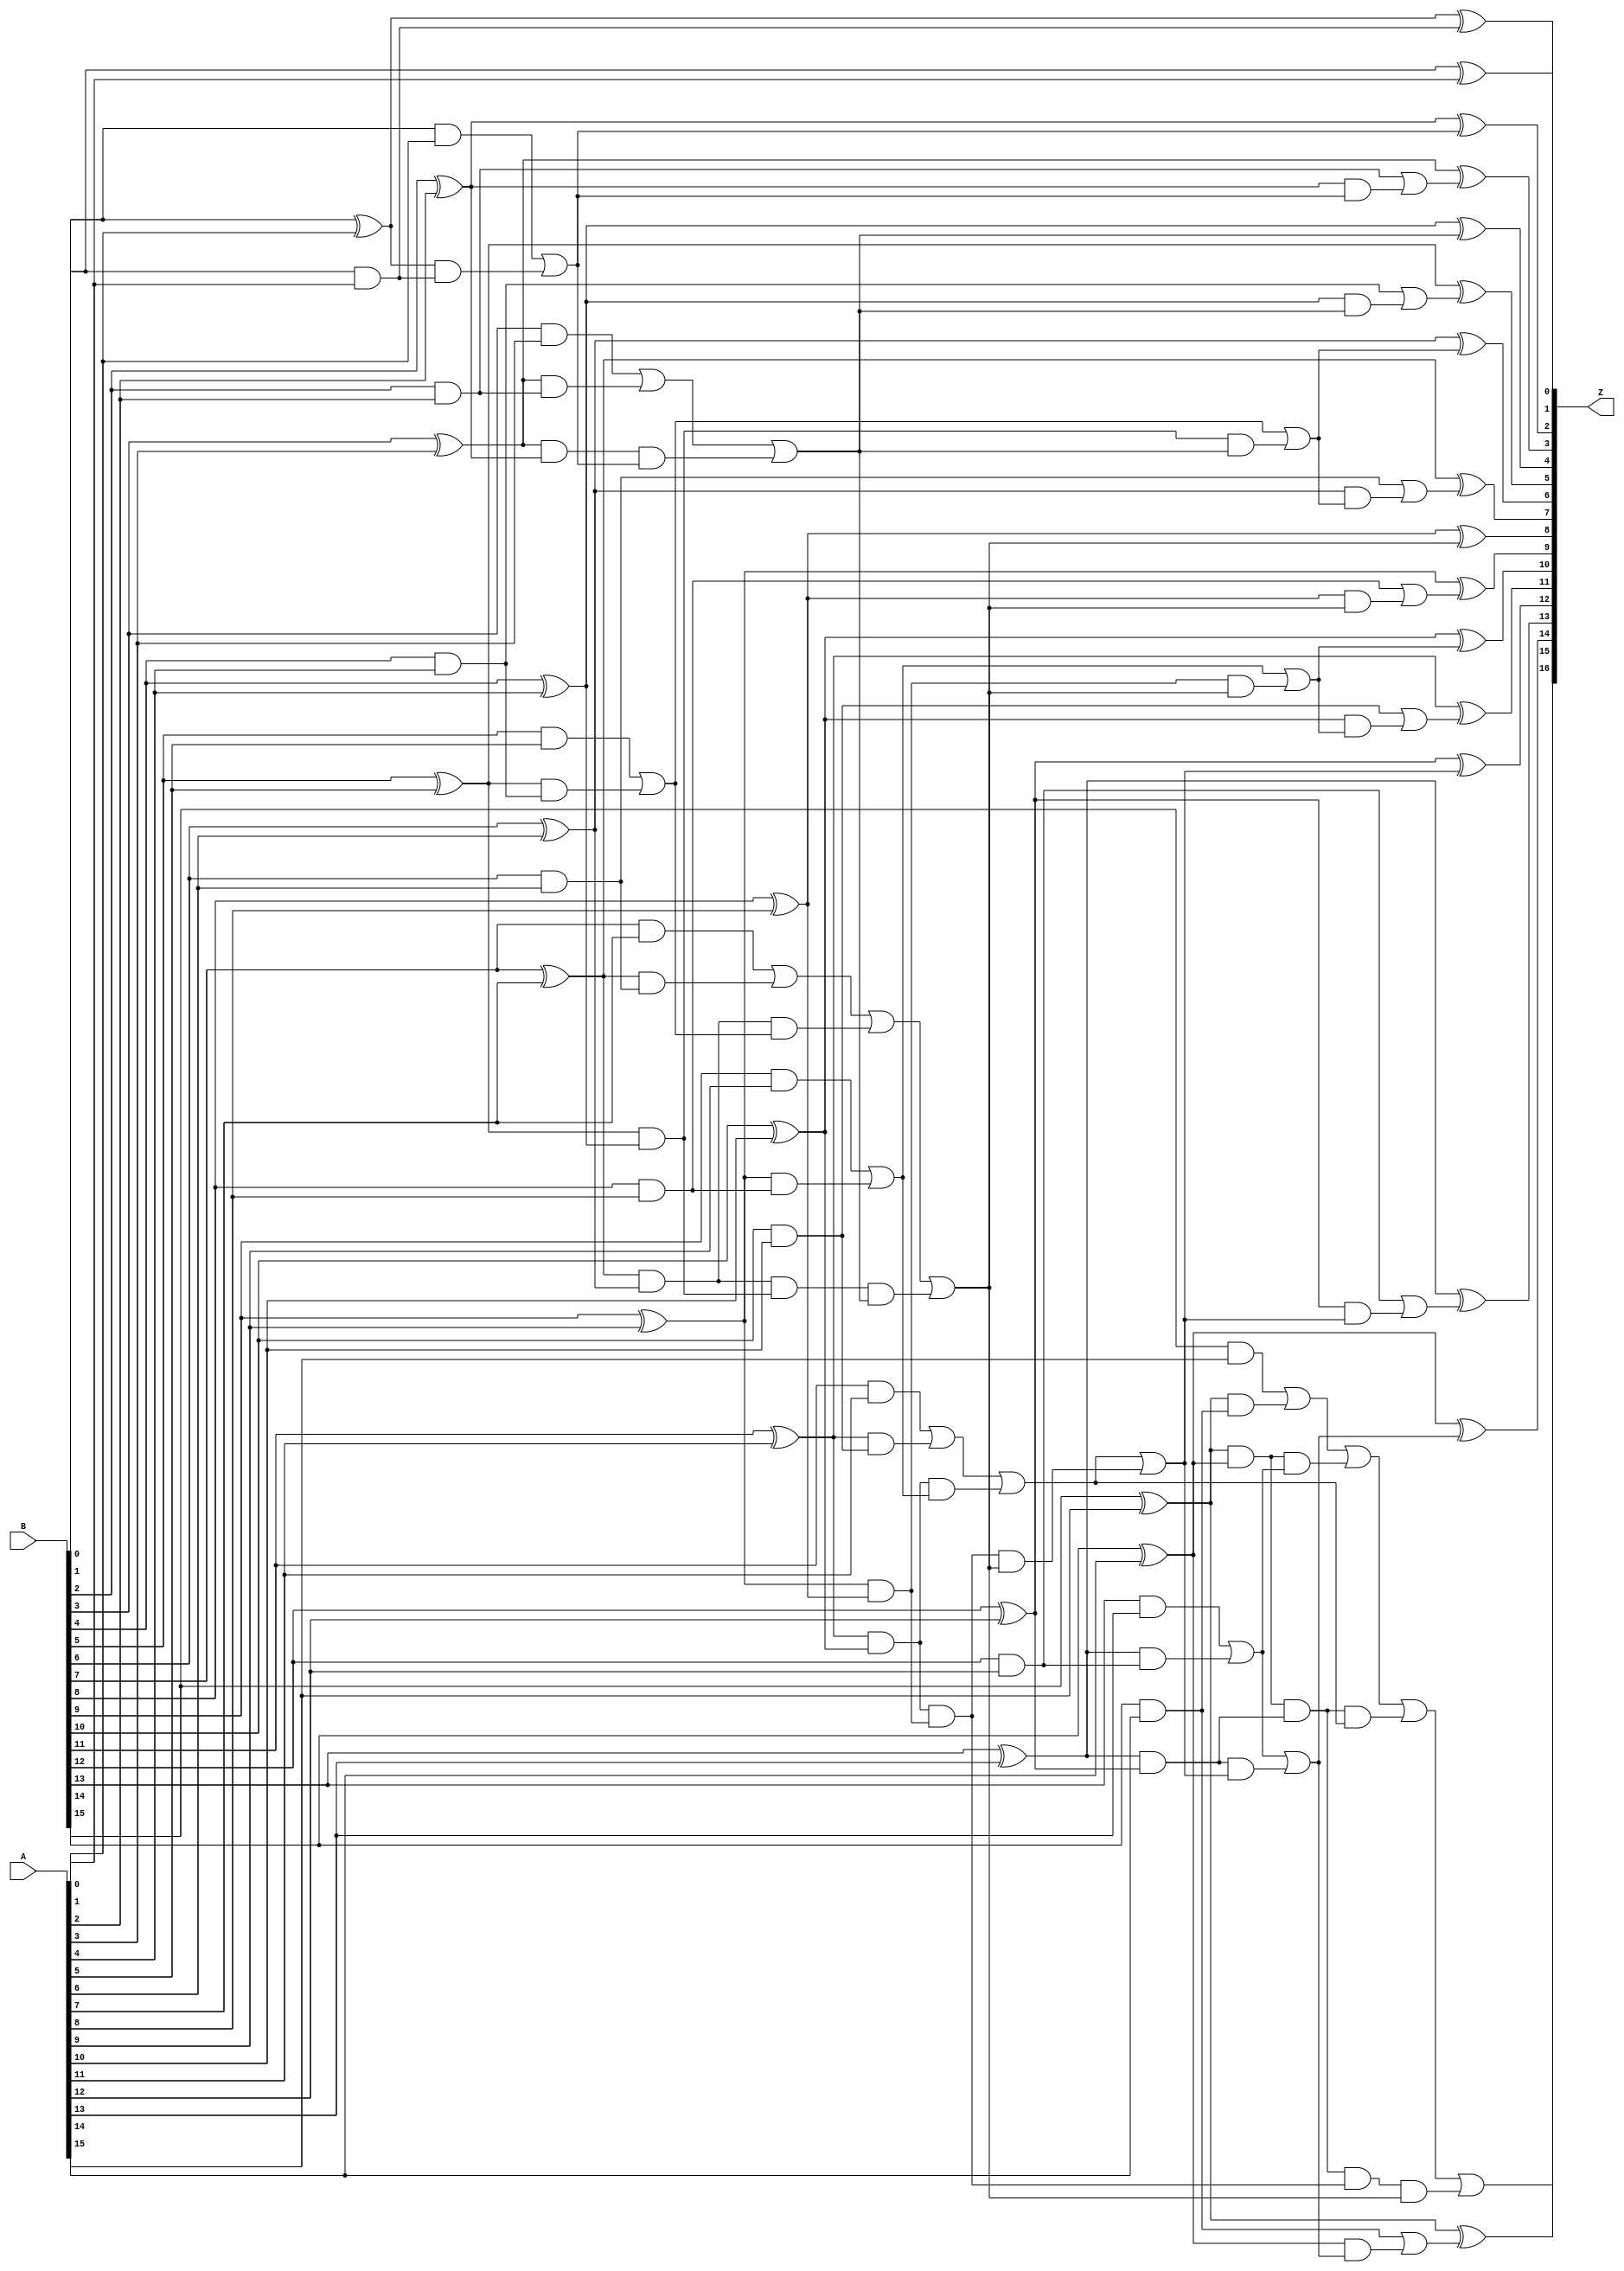
/* Generated by Yosys 0.5+ (git sha1 f13e387, gcc 5.3.1-8ubuntu2 -O2 -fstack-protector-strong -fPIC -Os) */
module add16(A, B, Z);
  wire [16:0] _000_;
  wire [16:0] _001_;
  wire [16:0] _002_;
  wire _003_;
  wire _004_;
  wire _005_;
  wire _006_;
  wire _007_;
  wire _008_;
  wire _009_;
  wire _010_;
  wire _011_;
  wire _012_;
  wire _013_;
  wire _014_;
  wire _015_;
  wire _016_;
  wire _017_;
  wire _018_;
  wire _019_;
  wire _020_;
  wire _021_;
  wire _022_;
  wire _023_;
  wire _024_;
  wire _025_;
  wire _026_;
  wire _027_;
  wire _028_;
  wire _029_;
  wire _030_;
  wire _031_;
  wire _032_;
  wire _033_;
  wire _034_;
  wire _035_;
  wire _036_;
  wire _037_;
  wire _038_;
  wire _039_;
  wire _040_;
  wire _041_;
  wire _042_;
  wire _043_;
  wire _044_;
  wire _045_;
  wire _046_;
  wire _047_;
  wire _048_;
  wire _049_;
  wire _050_;
  input [15:0] A;
  input [15:0] B;
  output [16:0] Z;
  assign _002_[11] = B[11] &  A[11];
  assign _002_[12] = B[12] &  A[12];
  assign _002_[13] = B[13] &  A[13];
  assign _002_[14] = B[14] &  A[14];
  assign _002_[15] = B[15] &  A[15];
  assign _003_ = _000_[1] &  _001_[0];
  assign _004_ = _000_[3] &  _002_[2];
  assign _005_ = _000_[5] &  _002_[4];
  assign _006_ = _000_[7] &  _002_[6];
  assign _007_ = _000_[9] &  _002_[8];
  assign _008_ = _000_[11] &  _002_[10];
  assign _009_ = _000_[13] &  _002_[12];
  assign _010_ = _000_[15] &  _002_[14];
  assign _011_ = _018_ &  _001_[1];
  assign _012_ = _020_ &  _041_;
  assign _013_ = _022_ &  _043_;
  assign _014_ = _024_ &  _045_;
  assign _015_ = _025_ &  _001_[3];
  assign _016_ = _027_ &  _048_;
  assign _017_ = _028_ &  _001_[7];
  assign _018_ = _000_[3] &  _000_[2];
  assign _019_ = _000_[5] &  _000_[4];
  assign _020_ = _000_[7] &  _000_[6];
  assign _021_ = _000_[9] &  _000_[8];
  assign _022_ = _000_[11] &  _000_[10];
  assign _023_ = _000_[13] &  _000_[12];
  assign _024_ = _000_[15] &  _000_[14];
  assign _025_ = _020_ &  _019_;
  assign _026_ = _022_ &  _021_;
  assign _027_ = _024_ &  _023_;
  assign _028_ = _027_ &  _026_;
  assign _029_ = _026_ &  _001_[7];
  assign _030_ = _019_ &  _001_[3];
  assign _031_ = _021_ &  _001_[7];
  assign _032_ = _023_ &  _001_[11];
  assign _033_ = _000_[2] &  _001_[1];
  assign _034_ = _000_[4] &  _001_[3];
  assign _035_ = _000_[6] &  _001_[5];
  assign _036_ = _000_[8] &  _001_[7];
  assign _037_ = _000_[10] &  _001_[9];
  assign _038_ = _000_[12] &  _001_[11];
  assign _039_ = _000_[14] &  _001_[13];
  assign _001_[1] = _002_[1] |  _003_;
  assign _040_ = _002_[3] |  _004_;
  assign _041_ = _002_[5] |  _005_;
  assign _042_ = _002_[7] |  _006_;
  assign _043_ = _002_[9] |  _007_;
  assign _044_ = _002_[11] |  _008_;
  assign _045_ = _002_[13] |  _009_;
  assign _046_ = _002_[15] |  _010_;
  assign _001_[3] = _040_ |  _011_;
  assign _047_ = _042_ |  _012_;
  assign _048_ = _044_ |  _013_;
  assign _049_ = _046_ |  _014_;
  assign _001_[7] = _047_ |  _015_;
  assign _050_ = _049_ |  _016_;
  assign Z[16] = _050_ |  _017_;
  assign _001_[11] = _048_ |  _029_;
  assign _001_[5] = _041_ |  _030_;
  assign _001_[9] = _043_ |  _031_;
  assign _001_[13] = _045_ |  _032_;
  assign _001_[2] = _002_[2] |  _033_;
  assign _001_[4] = _002_[4] |  _034_;
  assign _001_[6] = _002_[6] |  _035_;
  assign _001_[8] = _002_[8] |  _036_;
  assign _001_[10] = _002_[10] |  _037_;
  assign _001_[12] = _002_[12] |  _038_;
  assign _001_[14] = _002_[14] |  _039_;
  assign Z[0] = B[0] ^  A[0];
  assign _000_[1] = B[1] ^  A[1];
  assign _000_[2] = B[2] ^  A[2];
  assign _000_[3] = B[3] ^  A[3];
  assign _000_[4] = B[4] ^  A[4];
  assign _000_[5] = B[5] ^  A[5];
  assign _000_[6] = B[6] ^  A[6];
  assign _000_[7] = B[7] ^  A[7];
  assign _000_[8] = B[8] ^  A[8];
  assign _000_[9] = B[9] ^  A[9];
  assign _000_[10] = B[10] ^  A[10];
  assign _000_[11] = B[11] ^  A[11];
  assign _000_[12] = B[12] ^  A[12];
  assign _000_[13] = B[13] ^  A[13];
  assign _000_[14] = B[14] ^  A[14];
  assign _000_[15] = B[15] ^  A[15];
  assign Z[1] = _000_[1] ^  _001_[0];
  assign Z[2] = _000_[2] ^  _001_[1];
  assign Z[3] = _000_[3] ^  _001_[2];
  assign Z[4] = _000_[4] ^  _001_[3];
  assign Z[5] = _000_[5] ^  _001_[4];
  assign Z[6] = _000_[6] ^  _001_[5];
  assign Z[7] = _000_[7] ^  _001_[6];
  assign Z[8] = _000_[8] ^  _001_[7];
  assign Z[9] = _000_[9] ^  _001_[8];
  assign Z[10] = _000_[10] ^  _001_[9];
  assign Z[11] = _000_[11] ^  _001_[10];
  assign Z[12] = _000_[12] ^  _001_[11];
  assign Z[13] = _000_[13] ^  _001_[12];
  assign Z[14] = _000_[14] ^  _001_[13];
  assign Z[15] = _000_[15] ^  _001_[14];
  assign _001_[0] = B[0] &  A[0];
  assign _002_[1] = B[1] &  A[1];
  assign _002_[2] = B[2] &  A[2];
  assign _002_[3] = B[3] &  A[3];
  assign _002_[4] = B[4] &  A[4];
  assign _002_[5] = B[5] &  A[5];
  assign _002_[6] = B[6] &  A[6];
  assign _002_[7] = B[7] &  A[7];
  assign _002_[8] = B[8] &  A[8];
  assign _002_[9] = B[9] &  A[9];
  assign _002_[10] = B[10] &  A[10];
endmodule